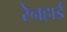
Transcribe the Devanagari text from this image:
रेनहार्ड